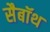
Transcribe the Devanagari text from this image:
सैबॉथ